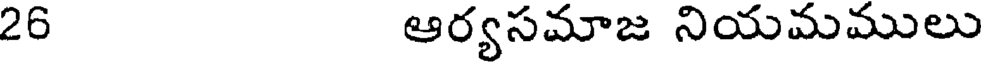
26 ఆర్యసమాజ నియమములు